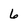
Character: 6